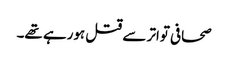
صحافی تواتر سے قتل ہورہے تھے۔